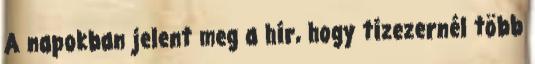
A napokban jelent meg a hír, hogy tízezernél több